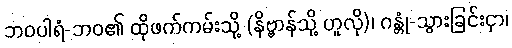
ဘဝပါရံ-ဘဝ၏ ထိုဖက်ကမ်းသို့ (နိဗ္ဗာန်သို့ ဟူလို)၊ ဂန္တုံ-သွားခြင်းငှာ၊